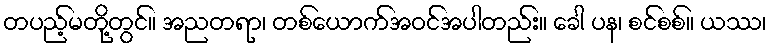
တပည့်မတို့တွင်။ အညတရာ၊ တစ်ယောက်အဝင်အပါတည်း။ ခေါ ပန၊ စင်စစ်။ ယဿ၊